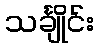
သင်္ချိုင်း